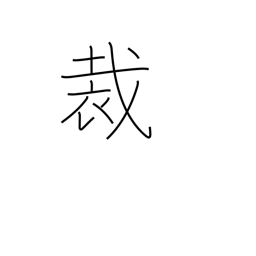
Meaning: decision